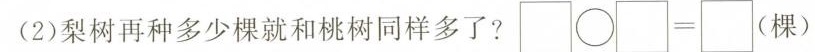
(2)梨树再种多少棵就和桃树同样多了? \Box \bigcirc \Box = \Box(棵)